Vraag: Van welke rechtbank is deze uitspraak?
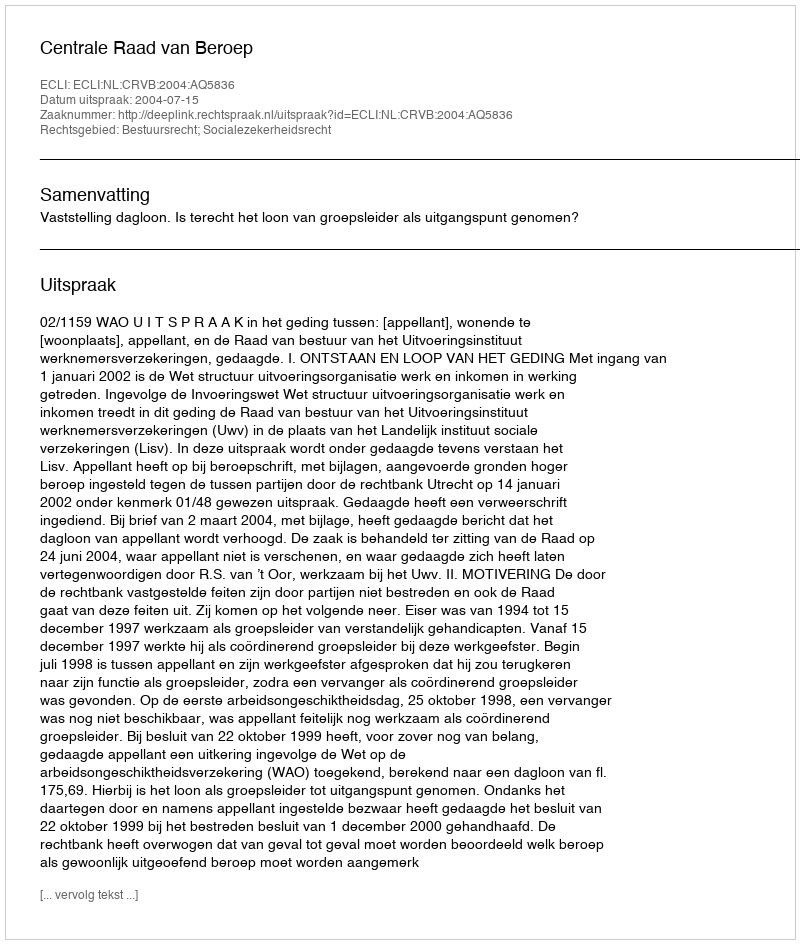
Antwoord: Centrale Raad van Beroep